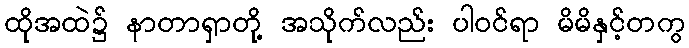
ထိုအထဲ၌ နာတာရှာတို့ အသိုက်လည်း ပါဝင်ရာ မိမိနှင့်တကွ